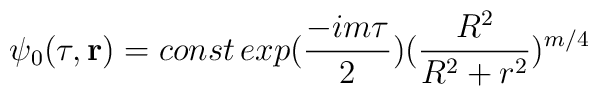
\psi_0(\tau,{\bf r})=const\,exp(\frac{-im\tau}{2})(\frac{R^2}{R^2+r^2})^{m/4}